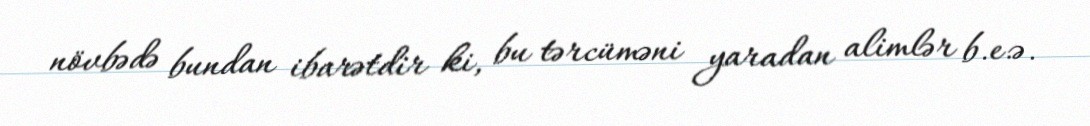
növbədə bundan ibarətdir ki, bu tərcüməni yaradan alimlər b.e.ə.